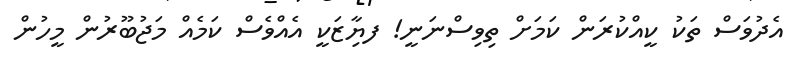
އެދުވަސް ތަކު ކީއްކުރަން ކަމަށް ތިވިސްނަނީ! ފޔާިޒަކީ އެއްވެސް ކަމެއް މަޖުބޫރުން މީހުން